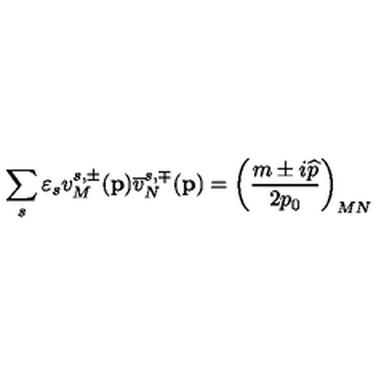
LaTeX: \sum _ { s } \varepsilon _ { s } v _ { M } ^ { s , \pm } ( \mathbf { p } ) \overline { { v } } _ { N } ^ { s , \mp } ( \mathbf { p } ) = \left( \frac { m \pm i \widehat { p } } { 2 p _ { 0 } } \right) _ { M N }